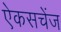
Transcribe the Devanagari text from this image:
ऐकसचेंज